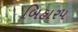
બિહાર૫